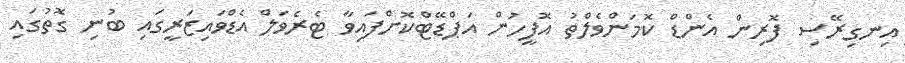
އިނގިރޭސި ފޮރިން އެންޑް ކޮމަންވެލްތު އޮފީހުން އަޕްޑޭޓްކޮށްފައިވާ ޓެރެވަލް އެޑްވައިޒަރީގައި ބުނި ގޮތުގައި